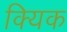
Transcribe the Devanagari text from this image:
क्यिक